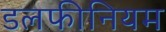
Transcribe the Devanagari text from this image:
डलफीनियम